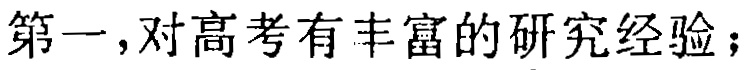
第一，对高考有丰富的研究经验；